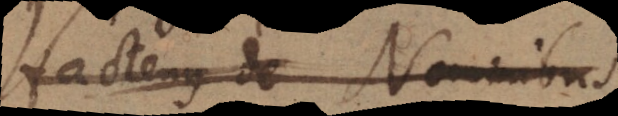
Hactenus de Nominibus